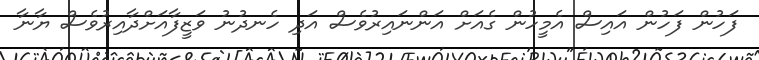
ފަހުން ފަހުން އައިސް އެމީހުން ގެއަށް އަންނައިރުވެސް އަދި ހެނދުނު ވަޒީފާއަށްދާއިރުވެސް ޔާނާ